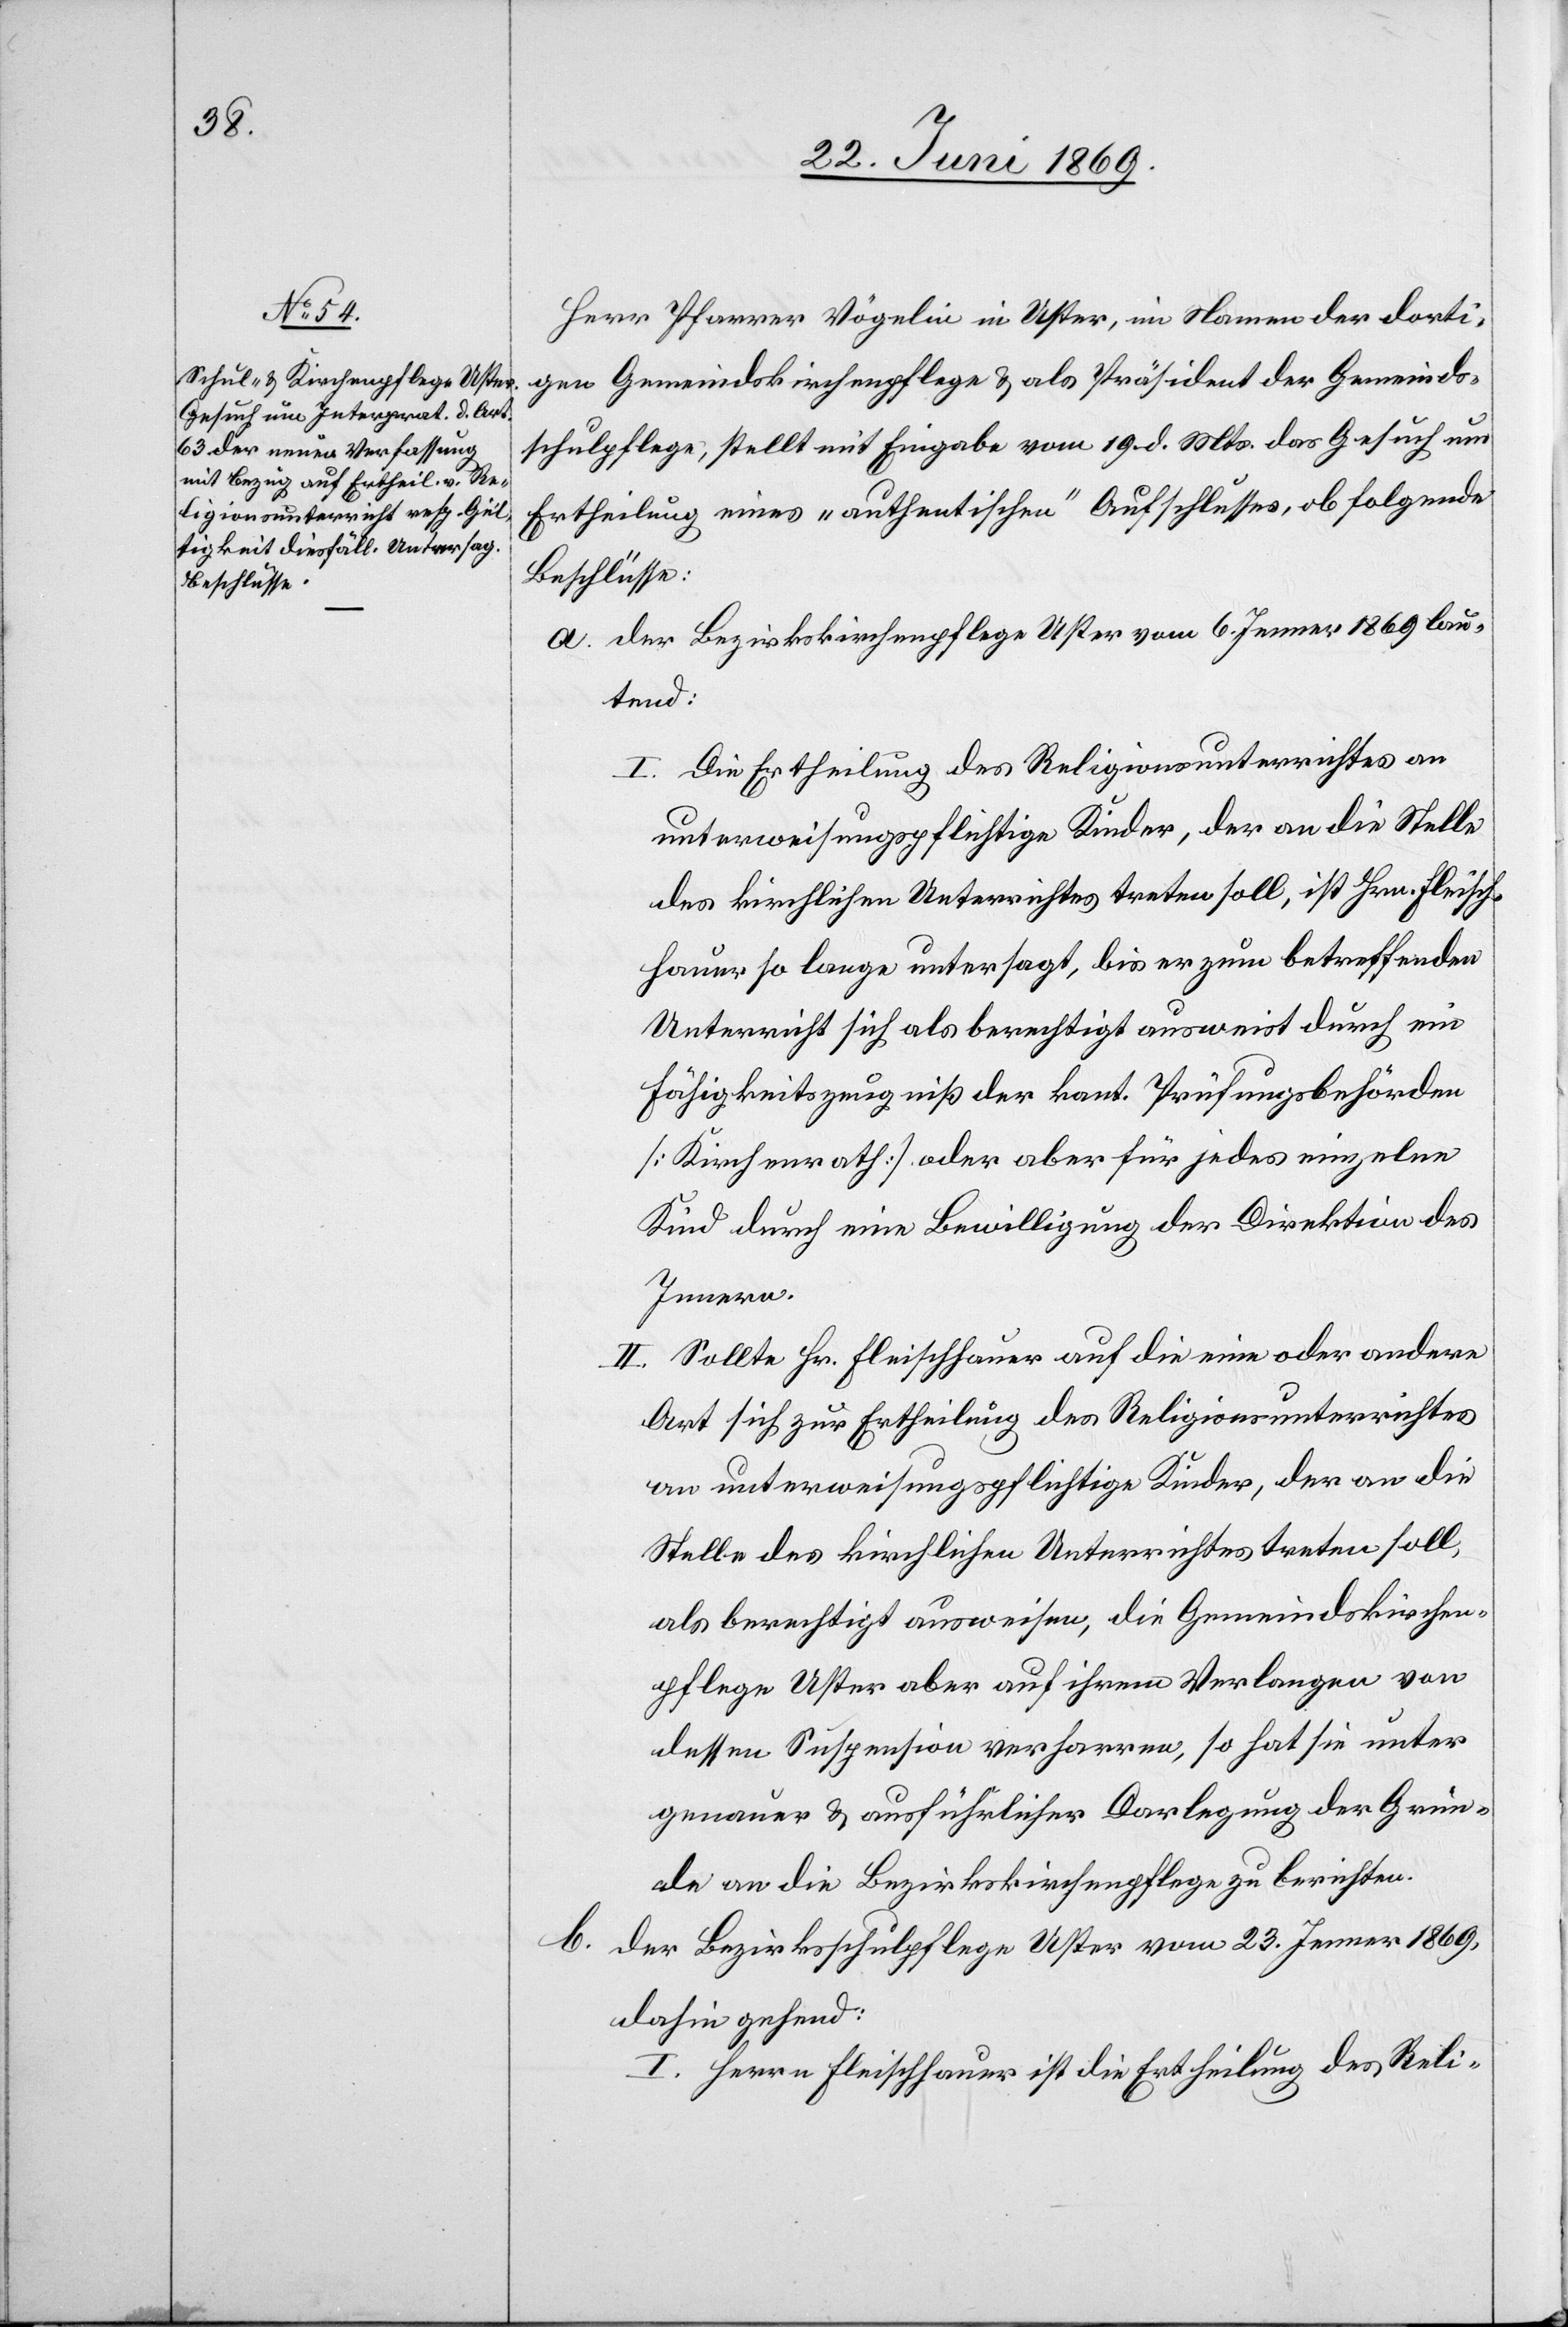
Herr Pfarrer Vögelin Uster in Uster, im Namen der dorti¬
gen Gemeindskirchenpflege u. als Präsident der Gemeinds¬
schulpflege, stellt mit Eingabe vom 19 d. Mts. das Gesuch um
Ertheilung eines „authentischen“ Aufschlusses, ob folgende
Beschlüsse:
a. Der Bezirkskirchenpflege Uster vom 6 Jenner 1869 lau¬
tend:
I. Die Ertheilung des Religionsunterrichtes an
unterweisungspflichtige Kinder, der an die Stelle
des kirchlichen Unterrichtes treten soll, ist Hrn. Fleisch¬
hauer so lange untersagt, bis er zum betreffenden
Unterricht sich als berechtigt ausweist durch eine
Fähigkeitszeugniß der kant. Prüfungsbehörden
[Kirchenrath] oder aber für jedes einzelne
Kind durch eine Bewilligung der Direktion des
Innern.
II. Sollte Hr. Fleischhauer auf die eine oder andere
Art sich zur Ertheilung des Religionsunterrichtes
an unterweisungspflichtige Kinder, der an die
Stelle des kirchlichen Unterrichtes treten soll,
als berechtigt ausweisen, die Gemeindskirchen¬
pflege Uster aber auf ihrem Verlangen von
dessen Suspension verharren, so hat sie unter
genauer u. ausführlicher Darlegung der Grün¬
de an die Bezirkskirchenpflege zu berichten.
b. Der Bezirksschulpflege Uster vom 23 Jenner 1869,
dahin gehend:
I. Herrn Fleischhauer ist die Ertheilung des Reli-